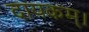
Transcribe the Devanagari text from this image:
दायकम्।